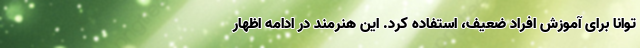
توانا برای آموزش افراد ضعیف، استفاده کرد. این هنرمند در ادامه اظهار